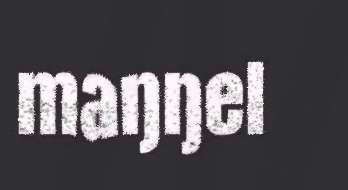
maŋŋel